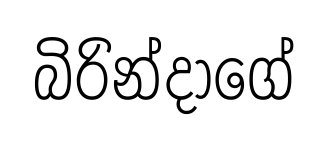
බිරින්දාගේ